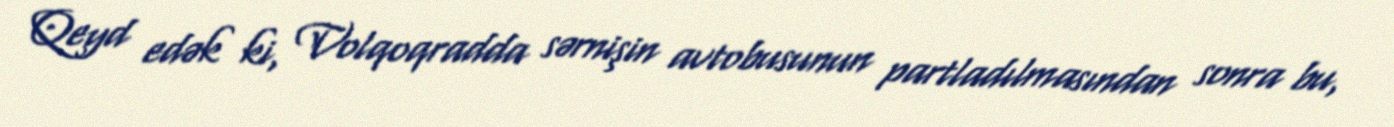
Qeyd edək ki, Volqoqradda sərnişin avtobusunun partladılmasından sonra bu,